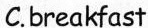
C.breakfast